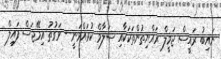
ނައިބު ރައީސް ޖަމީލް ރައްޔިތުންތަކަކާއި ސަލާމް ކުރައްވަނީ - ވަގުތު އިމޭޖަސް ފައިލް